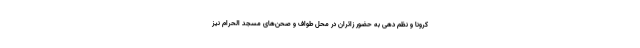
کرونا و نظم دهی به حضور زائران در محل طواف و صحن‌های مسجد الحرام نیز